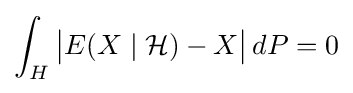
\int _{H}{\big |}E(X\mid {\mathcal {H}})-X{\big |}\,dP=0